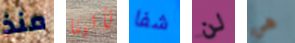
منذ تأتينا شفا لن هي